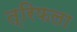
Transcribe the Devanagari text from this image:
त्रिफला